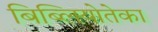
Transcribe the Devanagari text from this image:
बिब्लियोतेका